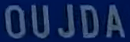
OUJDA